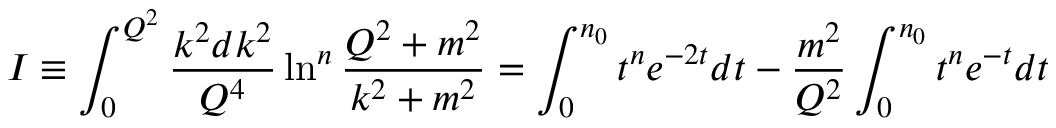
I \equiv \int _ { 0 } ^ { Q ^ { 2 } } \frac { k ^ { 2 } d k ^ { 2 } } { Q ^ { 4 } } \ln ^ { n } \frac { Q ^ { 2 } + m ^ { 2 } } { k ^ { 2 } + m ^ { 2 } } = \int _ { 0 } ^ { n _ { 0 } } t ^ { n } e ^ { - 2 t } d t - \frac { m ^ { 2 } } { Q ^ { 2 } } \int _ { 0 } ^ { n _ { 0 } } t ^ { n } e ^ { - t } d t